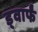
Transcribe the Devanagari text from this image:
ड्वार्फं